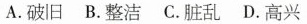
A.破旧 B.整洁 C.脏乱 D.高兴